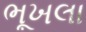
ભૂખલા